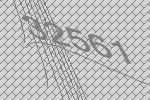
32561